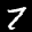
Label: 7